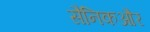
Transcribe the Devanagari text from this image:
सैनिकऔर